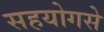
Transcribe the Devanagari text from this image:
सहयोगसे